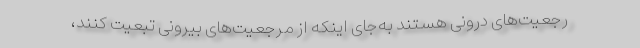
رجعیت‌های درونی هستند به‌جای اینکه از مرجعیت‌های بیرونی تبعیت کنند،